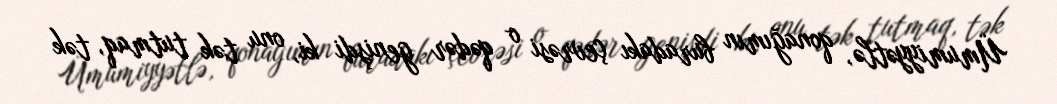
Ümumiyyətlə, qonağımın buradakı çevrəsi o qədər genişdi ki, onu tək tutmaq, tək